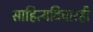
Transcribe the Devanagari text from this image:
साहित्यविचारही